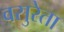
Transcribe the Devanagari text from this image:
वसुरेता